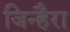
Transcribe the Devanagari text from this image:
जिन्हैरा